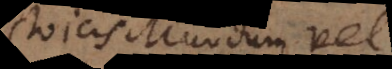
Stoicis mundum vel